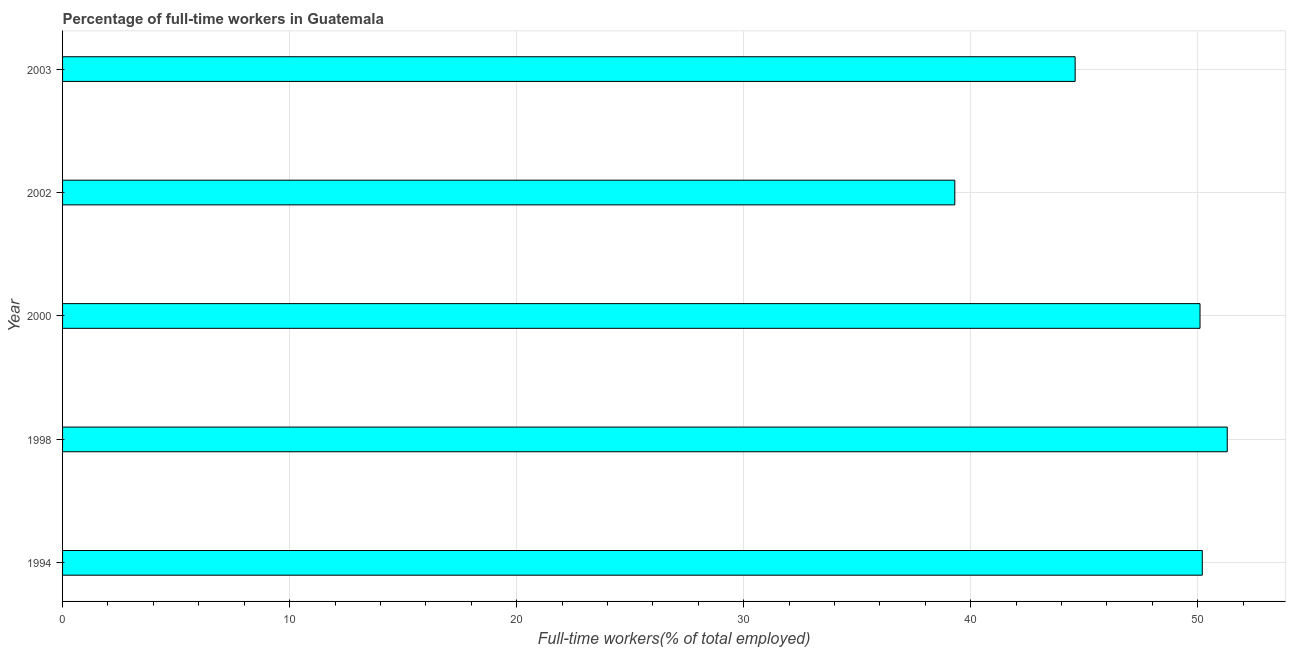
| Year | Wage and salaried workers |
 | --- | --- |
 | 1994 | 50.2 |
 | 1998 | 51.3 |
 | 2000 | 50.1 |
 | 2002 | 39.3 |
 | 2003 | 44.6 |